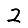
Digit: 2